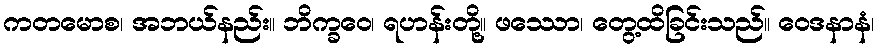
ကတမောစ၊ အဘယ်နည်း။ ဘိက္ခဝေ၊ ရဟန်းတို့။ ဖဿော၊ တွေ့ထိခြင်းသည်။ ဝေဒနာနံ၊